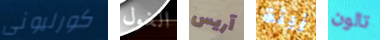
كورليونى الغول آريس زينة تالون